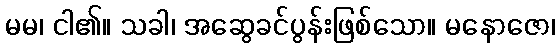
မမ၊ ငါ၏။ သခါ၊ အဆွေခင်ပွန်းဖြစ်သော။ မနောဇော၊